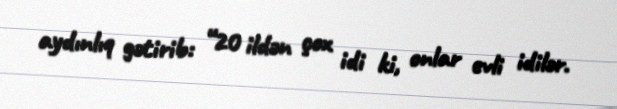
aydınlıq gətirib: “20 ildən çox idi ki, onlar evli idilər.